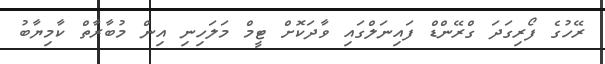
ރޭހުގެ ފޯރިގަދަ ގްރޭންޑް ފައިނަލްގައި ވާދަކޮށް ޓީމް މަލަހިނި އިން މުބާރާތް ކާމިޔާބު